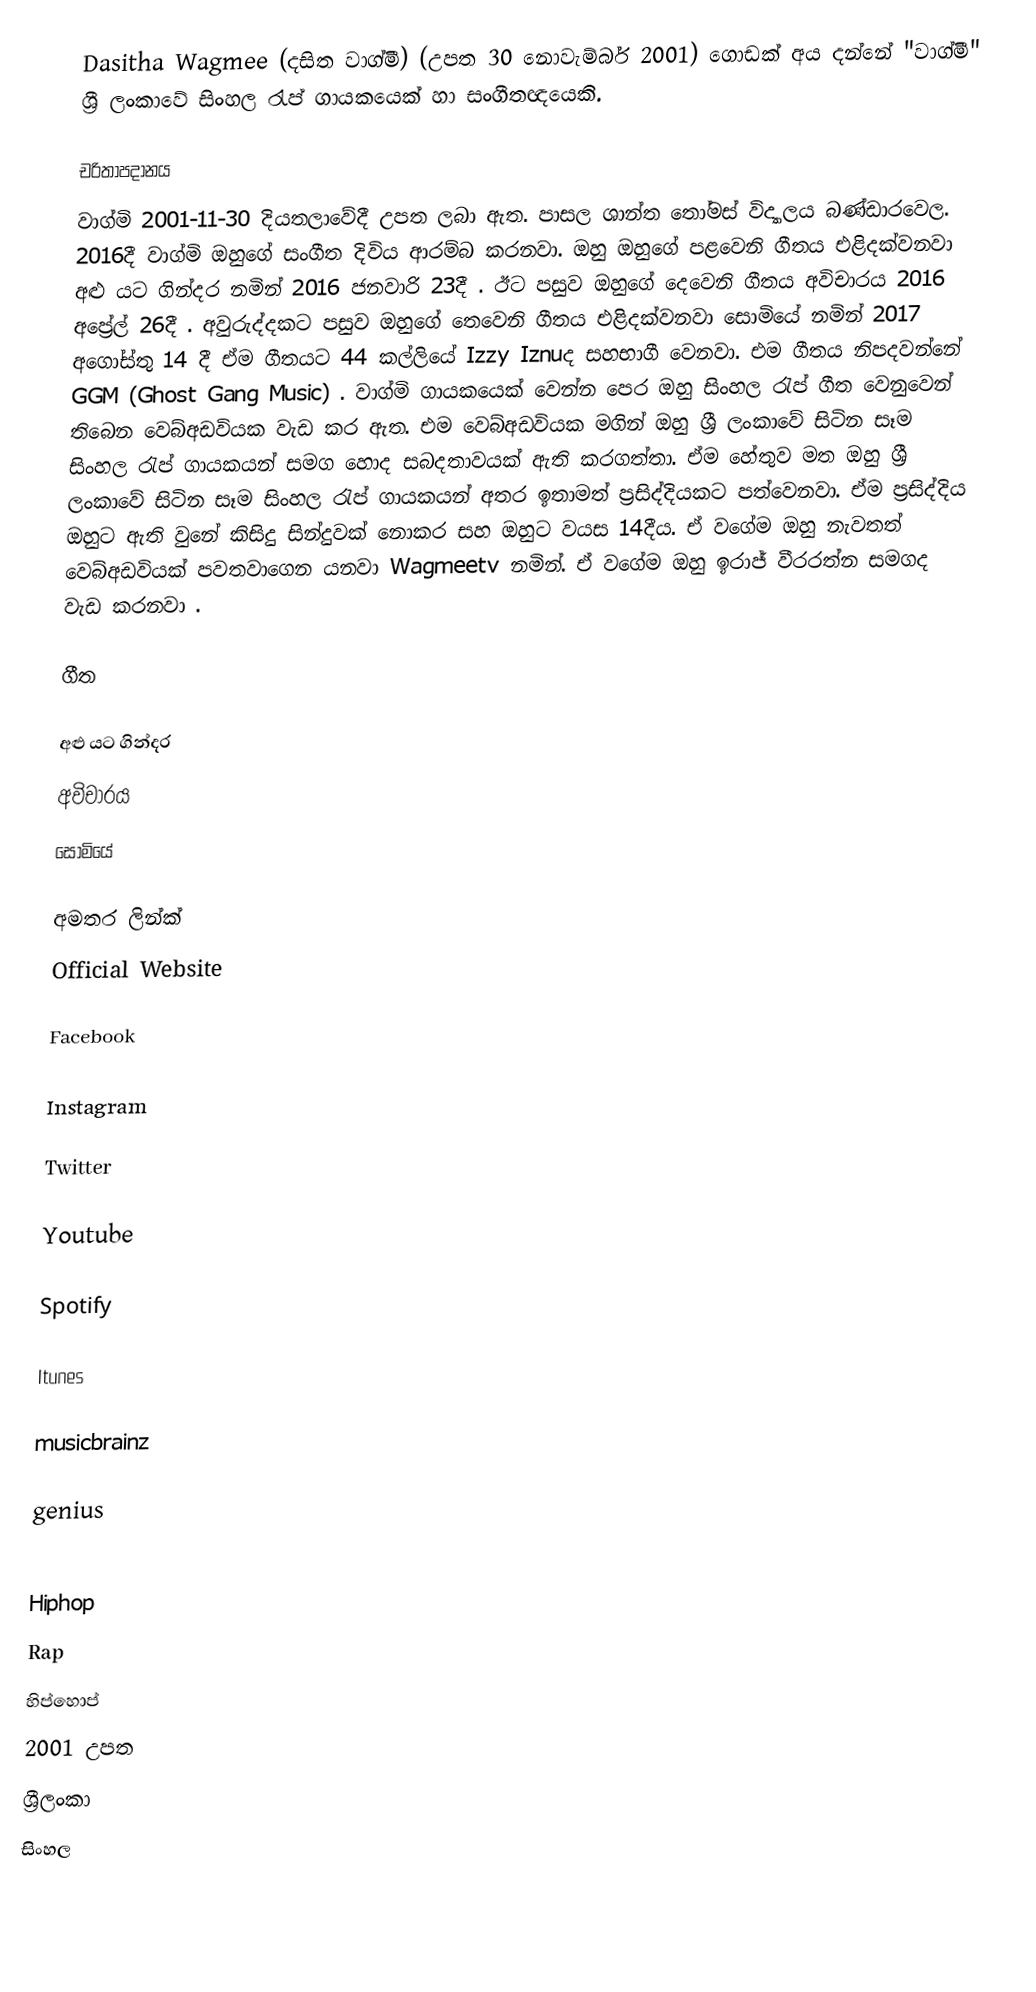
Dasitha Wagmee (දසිත වාග්මී) (උපත 30 නොවැම්බර්  2001) ගොඩක් අය දන්නේ  "වාග්මී" ශ්‍රී ලංකාවේ සිංහල රැප් ගායකයෙක් හා සංගීතඥයෙකි.

චරිතාපදානය
වාග්මි 2001-11-30 දියතලාවේදී උපත ලබා ඇත. පාසල ශාන්ත තෝමස් විද්‍යාලය බණ්ඩාරවෙල. 2016දී වාග්මි ඔහුගේ සංගීත දිවිය ආරම්බ කරනවා. ඔහු ඔහුගේ පළවෙනි ගීතය එළිදක්වනවා  අළු යට ගින්දර නමින් 2016 ජනවාරි 23දී . ඊට පසුව ඔහුගේ දෙවෙනි ගීතය අවිචාරය 2016 අප්‍රේල් 26දී . අවුරුද්දකට පසුව ඔහුගේ තෙවෙනි ගීතය එළිදක්වනවා සොමියේ නමින් 2017 අගෝස්තු 14 දී ඒම ගීතයට 44 කල්ලියේ Izzy Iznuද සහභාගී වෙනවා. එම ගීතය නිපදවන්නේ GGM (Ghost Gang Music) . වාග්මි ගායකයෙක් වෙන්න පෙර ඔහු සිංහල රැප් ගීත වෙනුවෙන් තිබෙන වෙබ්අඩවියක වැඩ කර ඇත. එම  වෙබ්අඩවියක මගින් ඔහු ශ්‍රී ලංකාවේ සිටින සෑම සිංහල රැප් ගායකයන් සමග හොද සබදතාවයක් ඇති කරගත්තා. ඒම හේතුව මත ඔහු  ශ්‍රී ලංකාවේ සිටින සෑම සිංහල රැප් ගායකයන් අතර ඉතාමත් ප්‍රසිද්දියකට පත්වෙනවා. ඒම ප්‍රසිද්දිය ඔහුට ඇති වුනේ කිසිදු සින්දුවක් නොකර සහ ඔහුට වයස 14දීය. ඒ වගේම ඔහු නැවතත්  වෙබ්අඩවියක් පවතවාගෙන යනවා Wagmeetv නමින්. ඒ වගේම ඔහු ඉරාජ් වීරරත්න සමගද වැඩ කරනවා .

ගීත

 අළු යට ගින්දර
 අවිචාරය
 සොමියේ

අමතර ලින්ක්
Official Website

Facebook

Instagram

Twitter

Youtube

Spotify

Itunes

musicbrainz

genius

Hiphop
Rap
හිප්හොප්
2001 උපත
ශ්‍රීලංකා
සිංහල